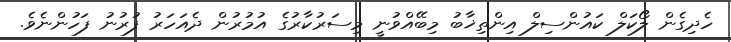
ހެދިގެން ލޯކަލް ކައުންސިލް އިންތިޚާބު މިބޭއްވުނީ މިސަރުކާރުގެ އުމުރުން ދެއަހަރު ފުރުނު ފަހުންނެވެ.